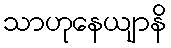
သာဟုနေယျာနိ